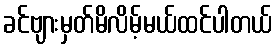
ခင်ဗျားမှတ်မိလိမ့်မယ်ထင်ပါတယ်